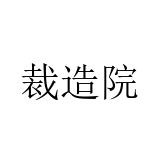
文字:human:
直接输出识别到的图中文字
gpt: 裁造院